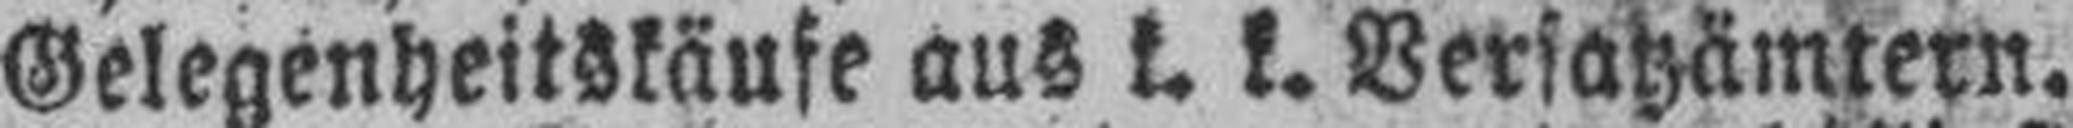
Gelegenheitskäufe aus k. k. Versatzämtern.